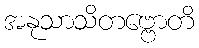
အနုသာသိတဗ္ဗောတိ